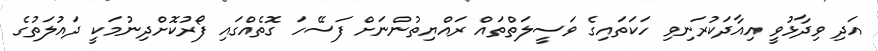
އަދި ވިދާޅުވީ އިއާދަކުރަނިވި ހަކަތައިގެ ވަސީލަތްތައް ރައްޔިތުންނަށް ފަސޭހަ ގޮތެއްގައި ފޯރުކޮށްދިނުމަކީ ދައުލަތުގެ